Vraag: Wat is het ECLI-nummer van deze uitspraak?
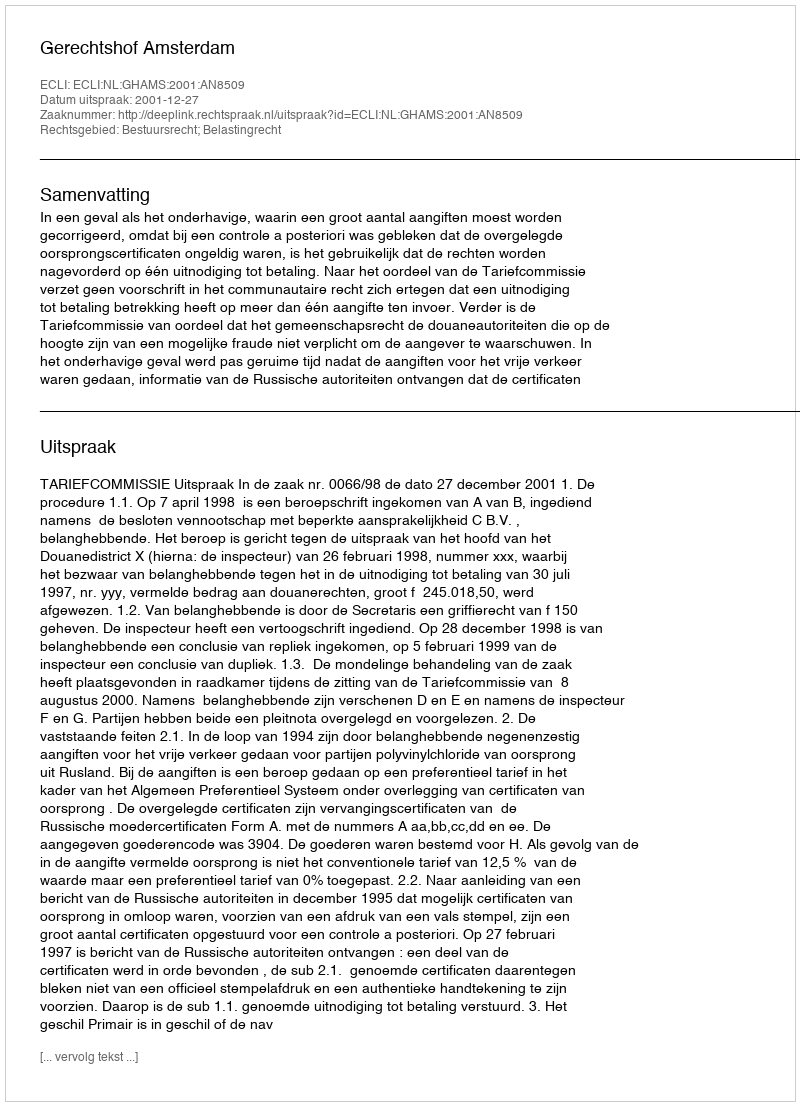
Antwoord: ECLI:NL:GHAMS:2001:AN8509